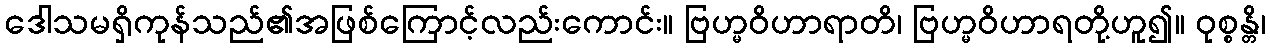
ဒေါသမရှိကုန်သည်၏အဖြစ်ကြောင့်လည်းကောင်း။ ဗြဟ္မဝိဟာရာတိ၊ ဗြဟ္မဝိဟာရတို့ဟူ၍။ ဝုစ္စန္တိ၊